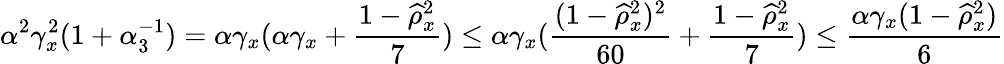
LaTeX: \alpha^{2}\gamma_{x}^{2}(1+\alpha_{3}^{-1})=\alpha\gamma_{x}(\alpha\gamma_{x}+\frac{1-\widehat\rho_{x}^{2}}{7})\leq\alpha\gamma_{x}(\frac{(1-\widehat\rho_{x}^{2})^{2}}{60}+\frac{1-\widehat\rho_{x}^{2}}{7})\leq\frac{\alpha\gamma_{x}(1-\widehat\rho_{x}^{2})}{6}